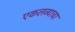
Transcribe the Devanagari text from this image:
एकलव्याचा